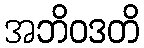
အဘိဝဒတိ